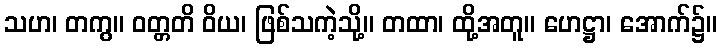
သဟ၊ တကွ။ ဝတ္တတိ ဝိယ၊ ဖြစ်သကဲ့သို့။ တထာ၊ ထို့အတူ။ ဟေဋ္ဌာ၊ အောက်၌။